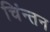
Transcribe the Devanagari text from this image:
चिंन्तन